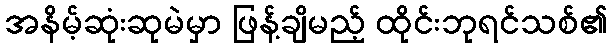
အနိမ့်ဆုံးဆုမဲမှာ ဖြန့်ချိမည့် ထိုင်းဘုရင်သစ်၏